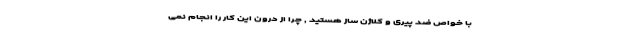
با خواص ضد پیری و کلاژن ساز هستید , چرا از درون این کار را انجام نمی